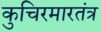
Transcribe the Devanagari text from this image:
कुचिरमारतंत्र